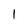
Character: 1